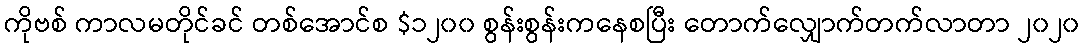
ကိုဗစ် ကာလမတိုင်ခင် တစ်အောင်စ $၁၂၀၀ စွန်းစွန်းကနေစပြီး တောက်လျှောက်တက်လာတာ ၂၀၂၀